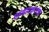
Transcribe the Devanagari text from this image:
पांगारकरांचा